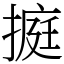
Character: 㨩